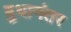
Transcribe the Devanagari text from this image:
बुधानंतर